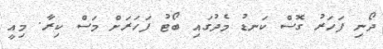
ދޯނި ފަހަރު ގޮސް ކަނޑު މެދުގައި ބޯޓު ފަަހަރަށް މަސް ކިރާ. މިއީ